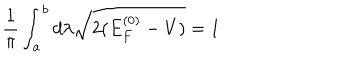
\frac { 1 } { \pi } \int _ { a } ^ { b } d \lambda \sqrt { 2 ( E _ { F } ^ { ( 0 ) } - V ) } = 1